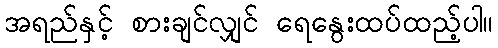
အရည်နှင့် စားချင်လျှင် ရေနွေးထပ်ထည့်ပါ။